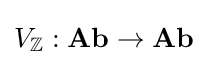
V_{\mathbb {Z} }:{\textbf {Ab}}\to {\textbf {Ab}}